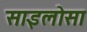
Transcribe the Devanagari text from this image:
साइलोसा